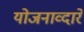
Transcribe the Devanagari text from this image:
योजनाव्दारे